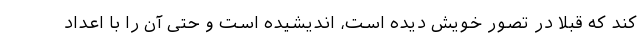
کند که قبلا در تصورِ خویش دیده است، اندیشیده است و حتی آن را با اعداد